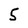
Character: 5